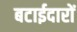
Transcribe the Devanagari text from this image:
बटाईदारों